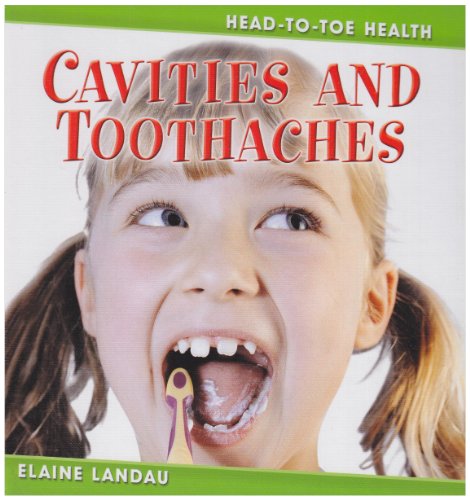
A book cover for Cavities and Toothaches (Head-to-Toe Health); Elaine Landau; Medical Books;